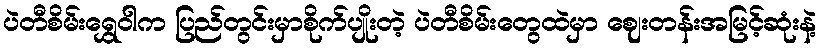
ပဲတီစိမ်းရွှေဝါက ပြည်တွင်းမှာစိုက်ပျိုးတဲ့ ပဲတီစိမ်းတွေထဲမှာ ဈေးတန်းအမြင့်ဆုံးနဲ့